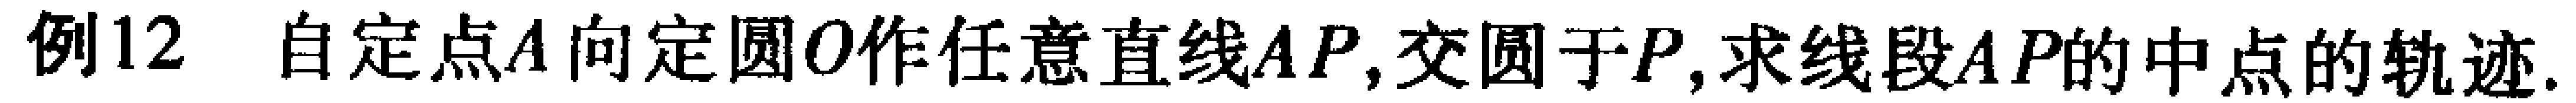
例12 ，自定点\(A\)向定圆\(O\)作任意直线\(AP\)，交圆于\(P\)，求线段\(AP\)的中点的轨迹.